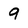
Character: 9